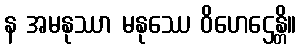
န အမနုဿာ မနုဿေ ဝိဟေဌေန္တိ။